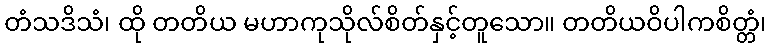
တံသဒိသံ၊ ထို တတိယ မဟာကုသိုလ်စိတ်နှင့်တူသော။ တတိယဝိပါကစိတ္တံ၊